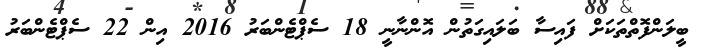
ބީލަންފޮތްތަކަށް ފައިސާ ބަލައިގަތުން އޮންނާނީ 18 ސެޕްޓެންބަރު 2016 އިން 22 ސެޕްޓެންބަރު